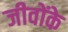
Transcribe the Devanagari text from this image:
जीवोंके